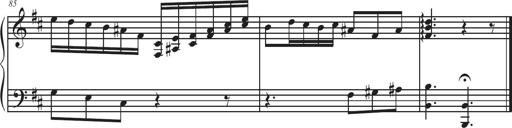
Title: Sonatina Espania
Composer: Jerald Franklin Archer
Key: Various